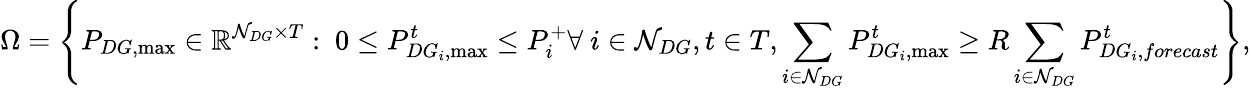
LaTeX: \Omega=\left\{ P_{DG,\mathrm{max}}\in\mathbb{R}^{\mathcal{N}_{DG}\times T}:\ 0\leq P_{DG_{i},\mathrm{max}}^{t}\leq P_{i}^{+}\forall\ i\in\mathcal{N}_{DG},t\in T,\sum_{i\in\mathcal{N}_{DG}}P_{DG_{i},\mathrm{max}}^{t}\geq R\sum_{i\in\mathcal{N}_{DG}}P_{DG_{i},forecast}^{t}\right\} ,